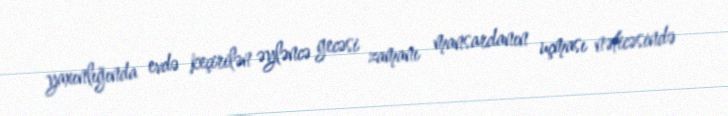
yaxınlığında evdə keçirilən əyləncə gecəsi zamanı mansardanın uçması nəticəsində